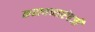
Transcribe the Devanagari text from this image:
करायच्याऐवजी